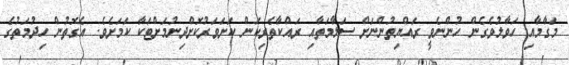
މަގާމާއި ހަވާލުވެގެން ހުންނެވީ ރައްޔިތުންނަށް ސަލާމަތާއި ރައްކާތެރިކަން ކަށަވަރުކޮށްދިނުމަށްޓަކާ ކަމަށެވެ. އެގޮތުން ހިދުމަތުގެ